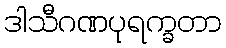
ဒါသီဂဏပုရက္ခတာ